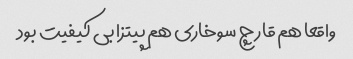
واقعا هم قارچ سوخاری هم پیتزا بی کیفیت بود